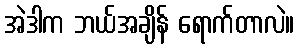
အဲဒါက ဘယ်အချိန် ရောက်တာလဲ။